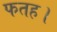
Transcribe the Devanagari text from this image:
फतह।